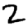
Digit: 2